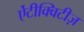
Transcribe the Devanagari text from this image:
ऐंटीक्विटीज़